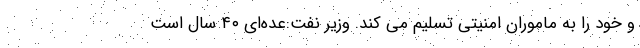
و خود را به ماموران امنیتی تسلیم می کند. وزیر نفت:عده‌ای ۴۰ سال است